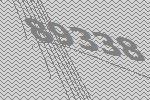
89338